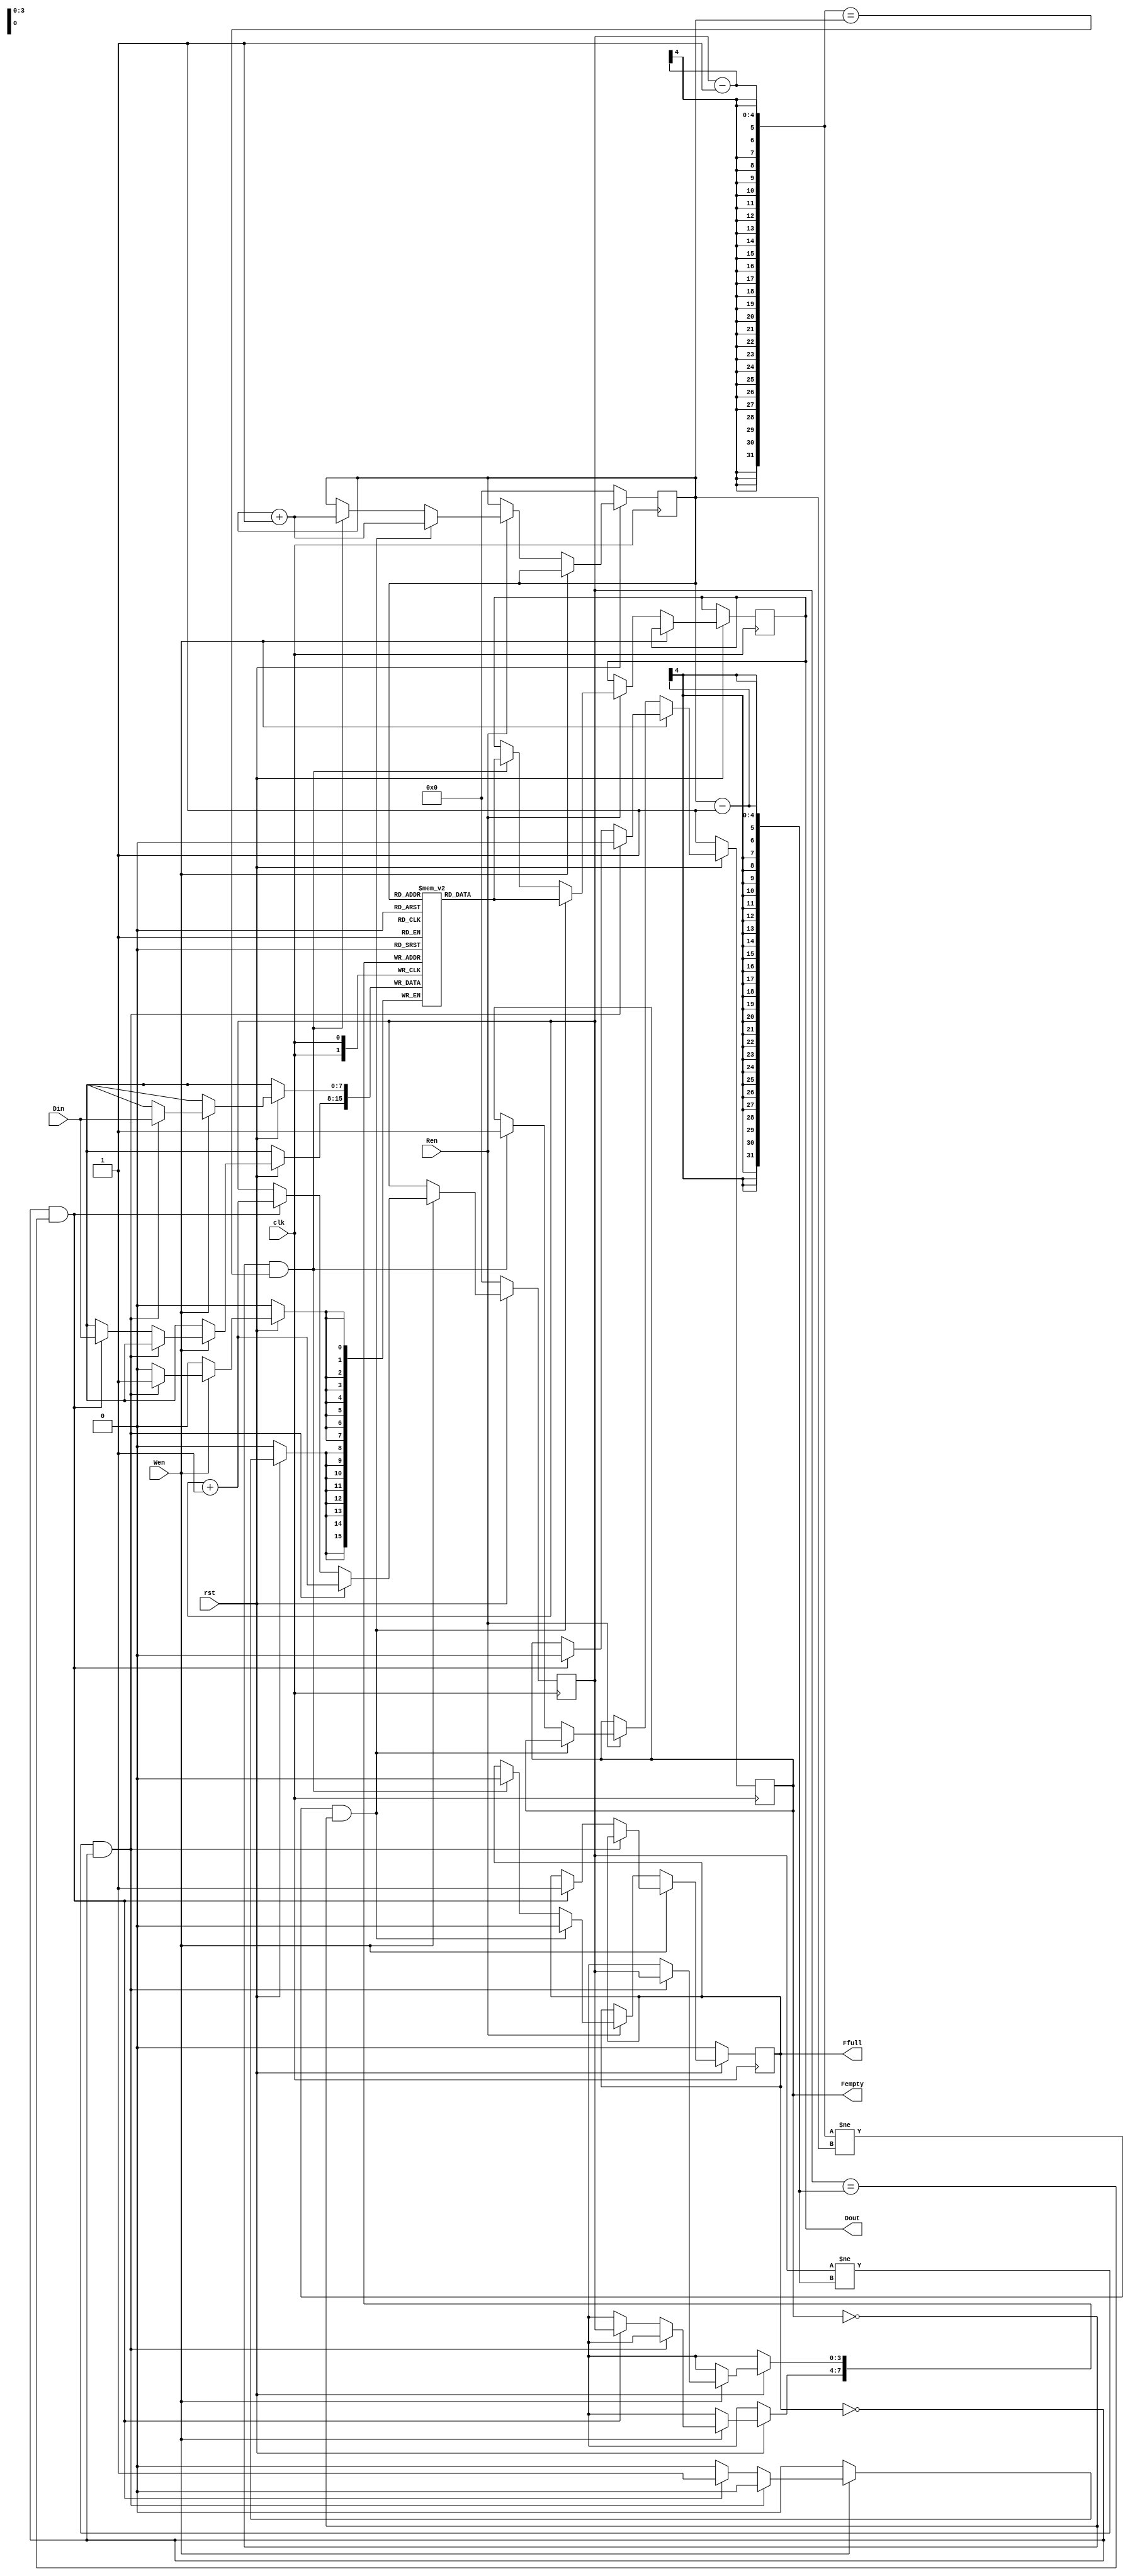
module fifo(
	input [7:0] Din, // data in
	output [7:0] Dout, // data out
	input Wen, // Write enable
	input Ren, // Read enable
	input rst, // reset
	input clk, //clock
	output reg Fempty, // Flag Empty
	output  reg Ffull // Flag Full
);
	reg [7:0] FMEM[0:15]; // FIFO memory
	reg [3:0] Wptr, Rptr; // Write Read pointer
	reg [7:0] obuf; // out buffer?
	wire [3:0] NWptr, NRptr; // Next pointer?
	
	wire [7:0] f0,f1,f2,f3,f4,f5,f6,f7,f8,f9,f10,f11,f12,f13,f14,f15;
	assign f0 = FMEM[0];
	assign f1 = FMEM[1];
	assign f2 = FMEM[2];
	assign f3 = FMEM[3];
	assign f4 = FMEM[4];
	assign f5 = FMEM[5];
	assign f6 = FMEM[6];
	assign f7 = FMEM[7];
	assign f8 = FMEM[8];
	assign f9 = FMEM[9];
	assign f10 = FMEM[10];
	assign f11 = FMEM[11];
	assign f12 = FMEM[12];
	assign f13 = FMEM[13];
	assign f14 = FMEM[14];
	assign f15 = FMEM[15];
	
	assign NWptr = Wptr+1;
	assign NRptr = Rptr+1;
	assign Dout = obuf;
	always @(posedge clk)begin
		if(rst)begin
			if(Wen==1)begin
				if(Wptr!=Rptr-1 & Ffull!=1)begin
					FMEM[Wptr] <= Din;
					Fempty <= 0;
					Wptr <= NWptr;
				end else if(Ffull!=1 & Wptr==Rptr-1) begin
					FMEM[Wptr] <= Din;
					Fempty <= 0;
					Wptr <= NWptr;
					Ffull <= 1;
				end
			end else if(Ren==1) begin
				if(Wptr-1!=Rptr & Fempty!=1) begin
					obuf <= FMEM[Rptr];
					Rptr <= NRptr;
					Ffull <= 0;
					
				end else if(Fempty!=1 & Wptr-1==Rptr)begin
					obuf <= FMEM[Rptr];
					Rptr <= NRptr;
					Ffull <= 0;
					Fempty <= 1;
				end
			end
		end else begin
			Fempty <= 1;
			Ffull <= 0;
			Wptr <= 0;
			Rptr <= 0;
		end
	end



endmodule